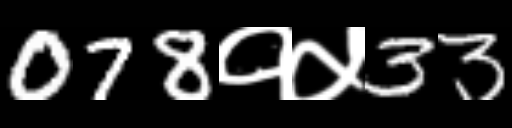
Text: 078१५33